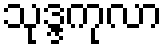
သုဒ္ဒကုလာ